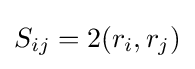
S_{ij}=2(r_{i},r_{j})